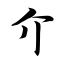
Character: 介